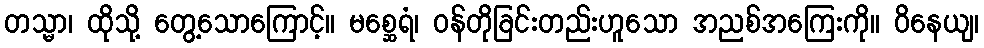
တသ္မာ၊ ထိုသို့ တွေ့သောကြောင့်။ မစ္ဆေရံ၊ ဝန်တိုခြင်းတည်းဟူသော အညစ်အကြေးကို။ ဝိနေယျ၊